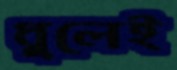
ধুলেই